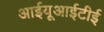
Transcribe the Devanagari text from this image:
आईयूआईटीई